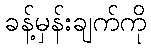
ခန့်မှန်းချက်ကို